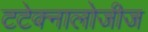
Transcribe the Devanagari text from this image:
टटेक्नालोजीज